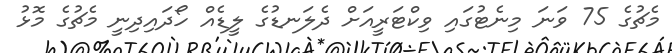
މެޗުގެ 75 ވަނަ މިނެޓުގައި ވިކްޓަރީއަށް ދެލަނޑުގެ ލީޑެއް ހޯދައިދިނީ މެޗުގެ މޮޅު